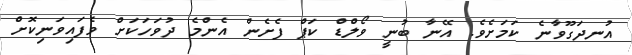
އުނދަގޫވާނެ ކަމަށެވެ. އޭނާ ބުނީ ވޯލްޑް ކަޕް ފެށެން އެންމެ ދުވަހަކަށް ވެފައިވަނިކޮށް